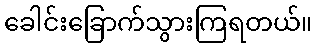
ခေါင်းခြောက်သွားကြရတယ်။